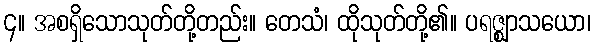
၄။ အစရှိသောသုတ်တို့တည်း။ တေသံ၊ ထိုသုတ်တို့၏။ ပရဇ္ဈာသယော၊